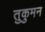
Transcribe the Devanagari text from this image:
तुकुमन